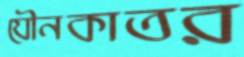
যৌনকাতর